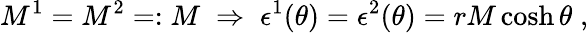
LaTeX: M^{1}=M^{2}=:M\; \Rightarrow\; \epsilon^{1}(\theta)=\epsilon^{2}(\theta)=rM\cosh\theta\; ,